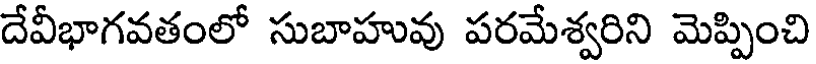
దేవీభాగవతంలో సుబాహువు పరమేశ్వరిని మెప్పించి